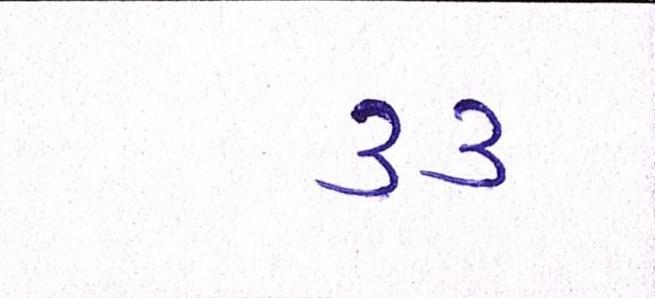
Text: ૩૩